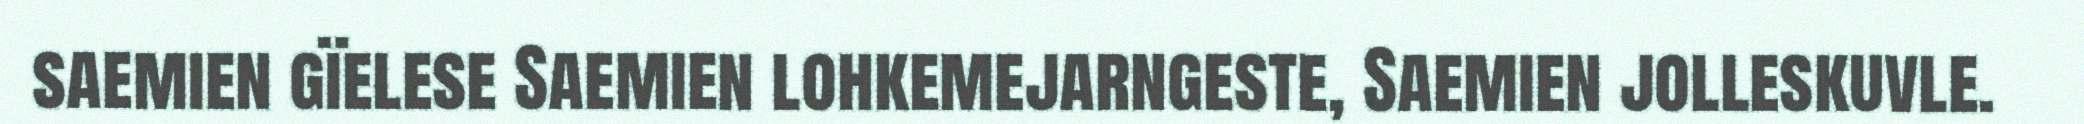
saemien gïelese Saemien lohkemejarngeste, Saemien jolleskuvle.